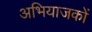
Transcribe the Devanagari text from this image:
अभियाजकों